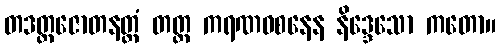
တဒတ္ထဇောတနတ္ထံ တတ္ထ ကရဏဝစနေန နိဒ္ဒေသော ကတော။